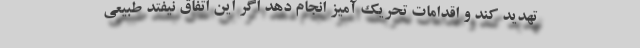
تهدید کند و اقدامات تحریک آمیز انجام دهد اگر این اتفاق نیفتد طبیعی